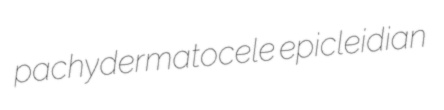
pachydermatocele epicleidian